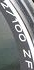
27100 ZF